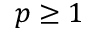
p \geq 1